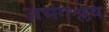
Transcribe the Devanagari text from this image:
अभंगश्लेष